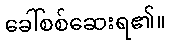
ခေါ်စစ်ဆေးရ၏။